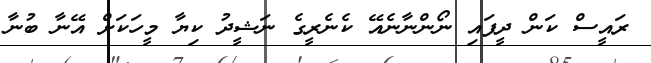
ރައީސް ކަން ދީފައި ނޯންނާނެއޭ ކެނެރީގެ ނަޝީދު ކިޔާ މީހަކަށް އޭނާ ބުނާ